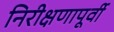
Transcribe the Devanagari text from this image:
निरीक्षणापूर्वी